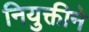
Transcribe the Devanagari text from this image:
नियुक्तीने